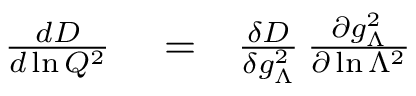
\begin{array} { r l r } { { \frac { d D } { d \ln Q ^ { 2 } } } } & { { } = } & { { \frac { \delta D } { \delta g _ { \Lambda } ^ { 2 } } } \, { \frac { \partial g _ { \Lambda } ^ { 2 } } { \partial \ln \Lambda ^ { 2 } } } } \end{array}